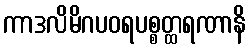
ကာဒလိမိဂပဝရပစ္စတ္ထရဏာနိ